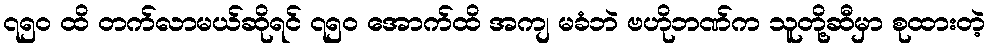
၇၅၀ ထိ တက်လာမယ်ဆိုရင် ၇၅၀ အောက်ထိ အကျ မခံဘဲ ဗဟိုဘဏ်က သူတို့ဆီမှာ စုထားတဲ့